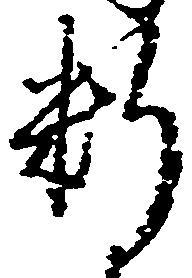
料